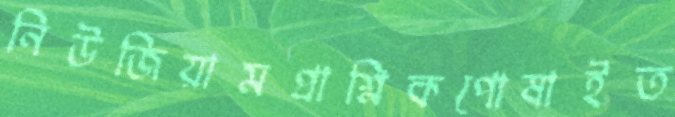
নিউজিয়ামপ্রাশ্নিকপোষাইত